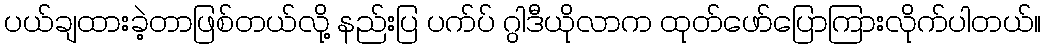
ပယ်ချထားခဲ့တာဖြစ်တယ်လို့ နည်းပြ ပက်ပ် ဂွါဒီယိုလာက ထုတ်ဖော်ပြောကြားလိုက်ပါတယ်။